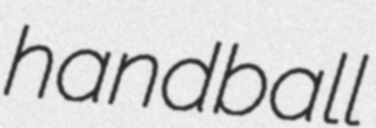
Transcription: handball